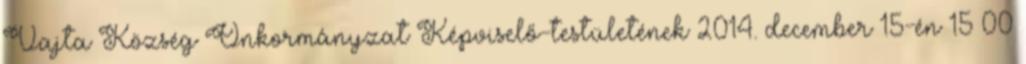
Vajta Község Önkormányzat Képviselő-testületének 2014. december 15-én 15 00